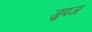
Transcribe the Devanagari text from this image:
जुपज